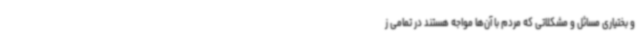
و بختیاری مسائل و مشکلاتی که مردم با آن‌ها مواجه هستند در تمامی ز